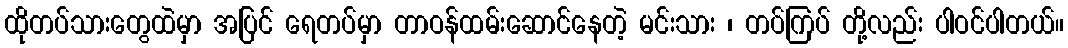
ထိုတပ်သားတွေထဲမှာ အပြင် ရေတပ်မှာ တာဝန်ထမ်းဆောင်နေတဲ့ မင်းသား ၊ တပ်ကြပ် တို့လည်း ပါဝင်ပါတယ်။